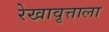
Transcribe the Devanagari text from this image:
रेखावृत्ताला